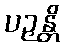
ပဉှန္တိ